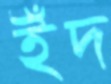
ইঁদ